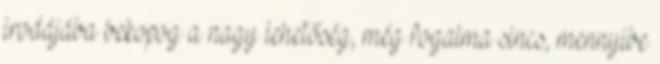
irodájába bekopog a nagy lehetőség, még fogalma sincs, mennyibe